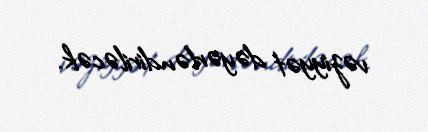
vəziyyət dəyərləndiriləcək.